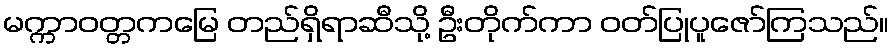
မက္ကာဝတ္တကမြေ တည်ရှိရာဆီသို့ ဦးတိုက်ကာ ဝတ်ပြုပူဇော်ကြသည်။